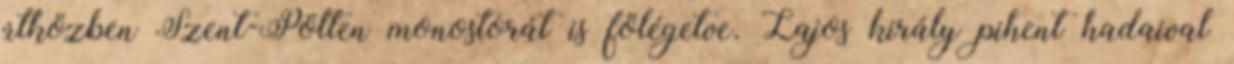
útközben Szent-Pölten monostorát is fölégetve. Lajos király pihent hadaival